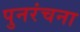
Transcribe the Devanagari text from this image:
पुनरंचना